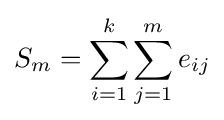
S_{m}=\sum _{i=1}^{k}\sum _{j=1}^{m}e_{ij}